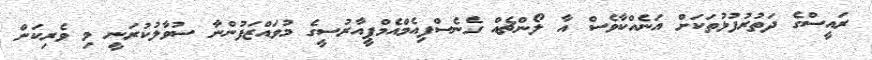
ރައީސްގެ ދަތުރުފުޅުތަކަށް އަނެއްކާވެސް އާ ލޯންޗެއް ގެނެސްފިއެމްއެމްޕީއާރުސީގެ މުވައްޒަފުންނާ ސުވާލުކުރަނީ މި ވެރިކަން